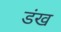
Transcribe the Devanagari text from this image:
डंख